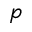
p